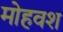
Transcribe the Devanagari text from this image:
मोहवश